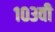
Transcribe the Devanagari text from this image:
१०३वी